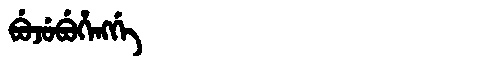
Manchu: ᠪᡠᠵᡠᠪᡠᡥᡝᠩᡤᡝ
Romanization: BUJUBUHENGGE